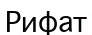
Рифат